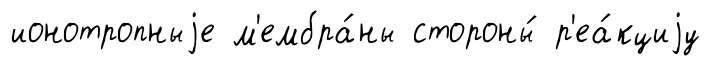
ионотропныjе м'ембра́ны стороны́ р'еа́кциjу